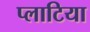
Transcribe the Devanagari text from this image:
प्लाटिया